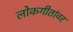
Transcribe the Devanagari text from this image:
लोकगीतांवर